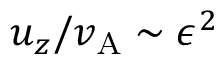
u _ { z } / v _ { \mathrm { A } } \sim \epsilon ^ { 2 }